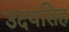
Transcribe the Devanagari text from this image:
उदयसिह